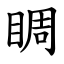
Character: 睭